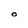
Character: O